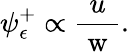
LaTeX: \psi_{\epsilon}^{+}\propto\frac{u}{\mathrm{~w~}}.